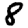
Digit: 8